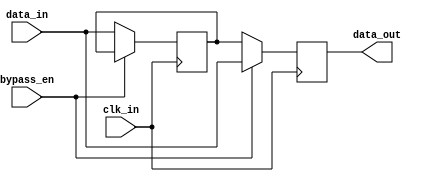
module bypass_register (
    input wire clk_in, // input clock signal
    input wire [3:0] data_in, // input data signal
    input wire bypass_en, // bypass enable signal
    output reg [3:0] data_out // output data signal
);

// Sequential logic for storing data
reg [3:0] reg_data;

always @(posedge clk_in) begin
    if (bypass_en) begin
        // Bypass mode enabled, output data is same as input data
        data_out <= data_in;
    end else begin
        // Bypass mode disabled, store input data to output data
        reg_data <= data_in;
        data_out <= reg_data;
    end
end

endmodule